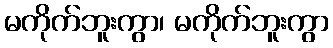
မကိုက်ဘူးကွာ၊ မကိုက်ဘူးကွာ